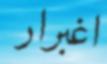
اغبرار